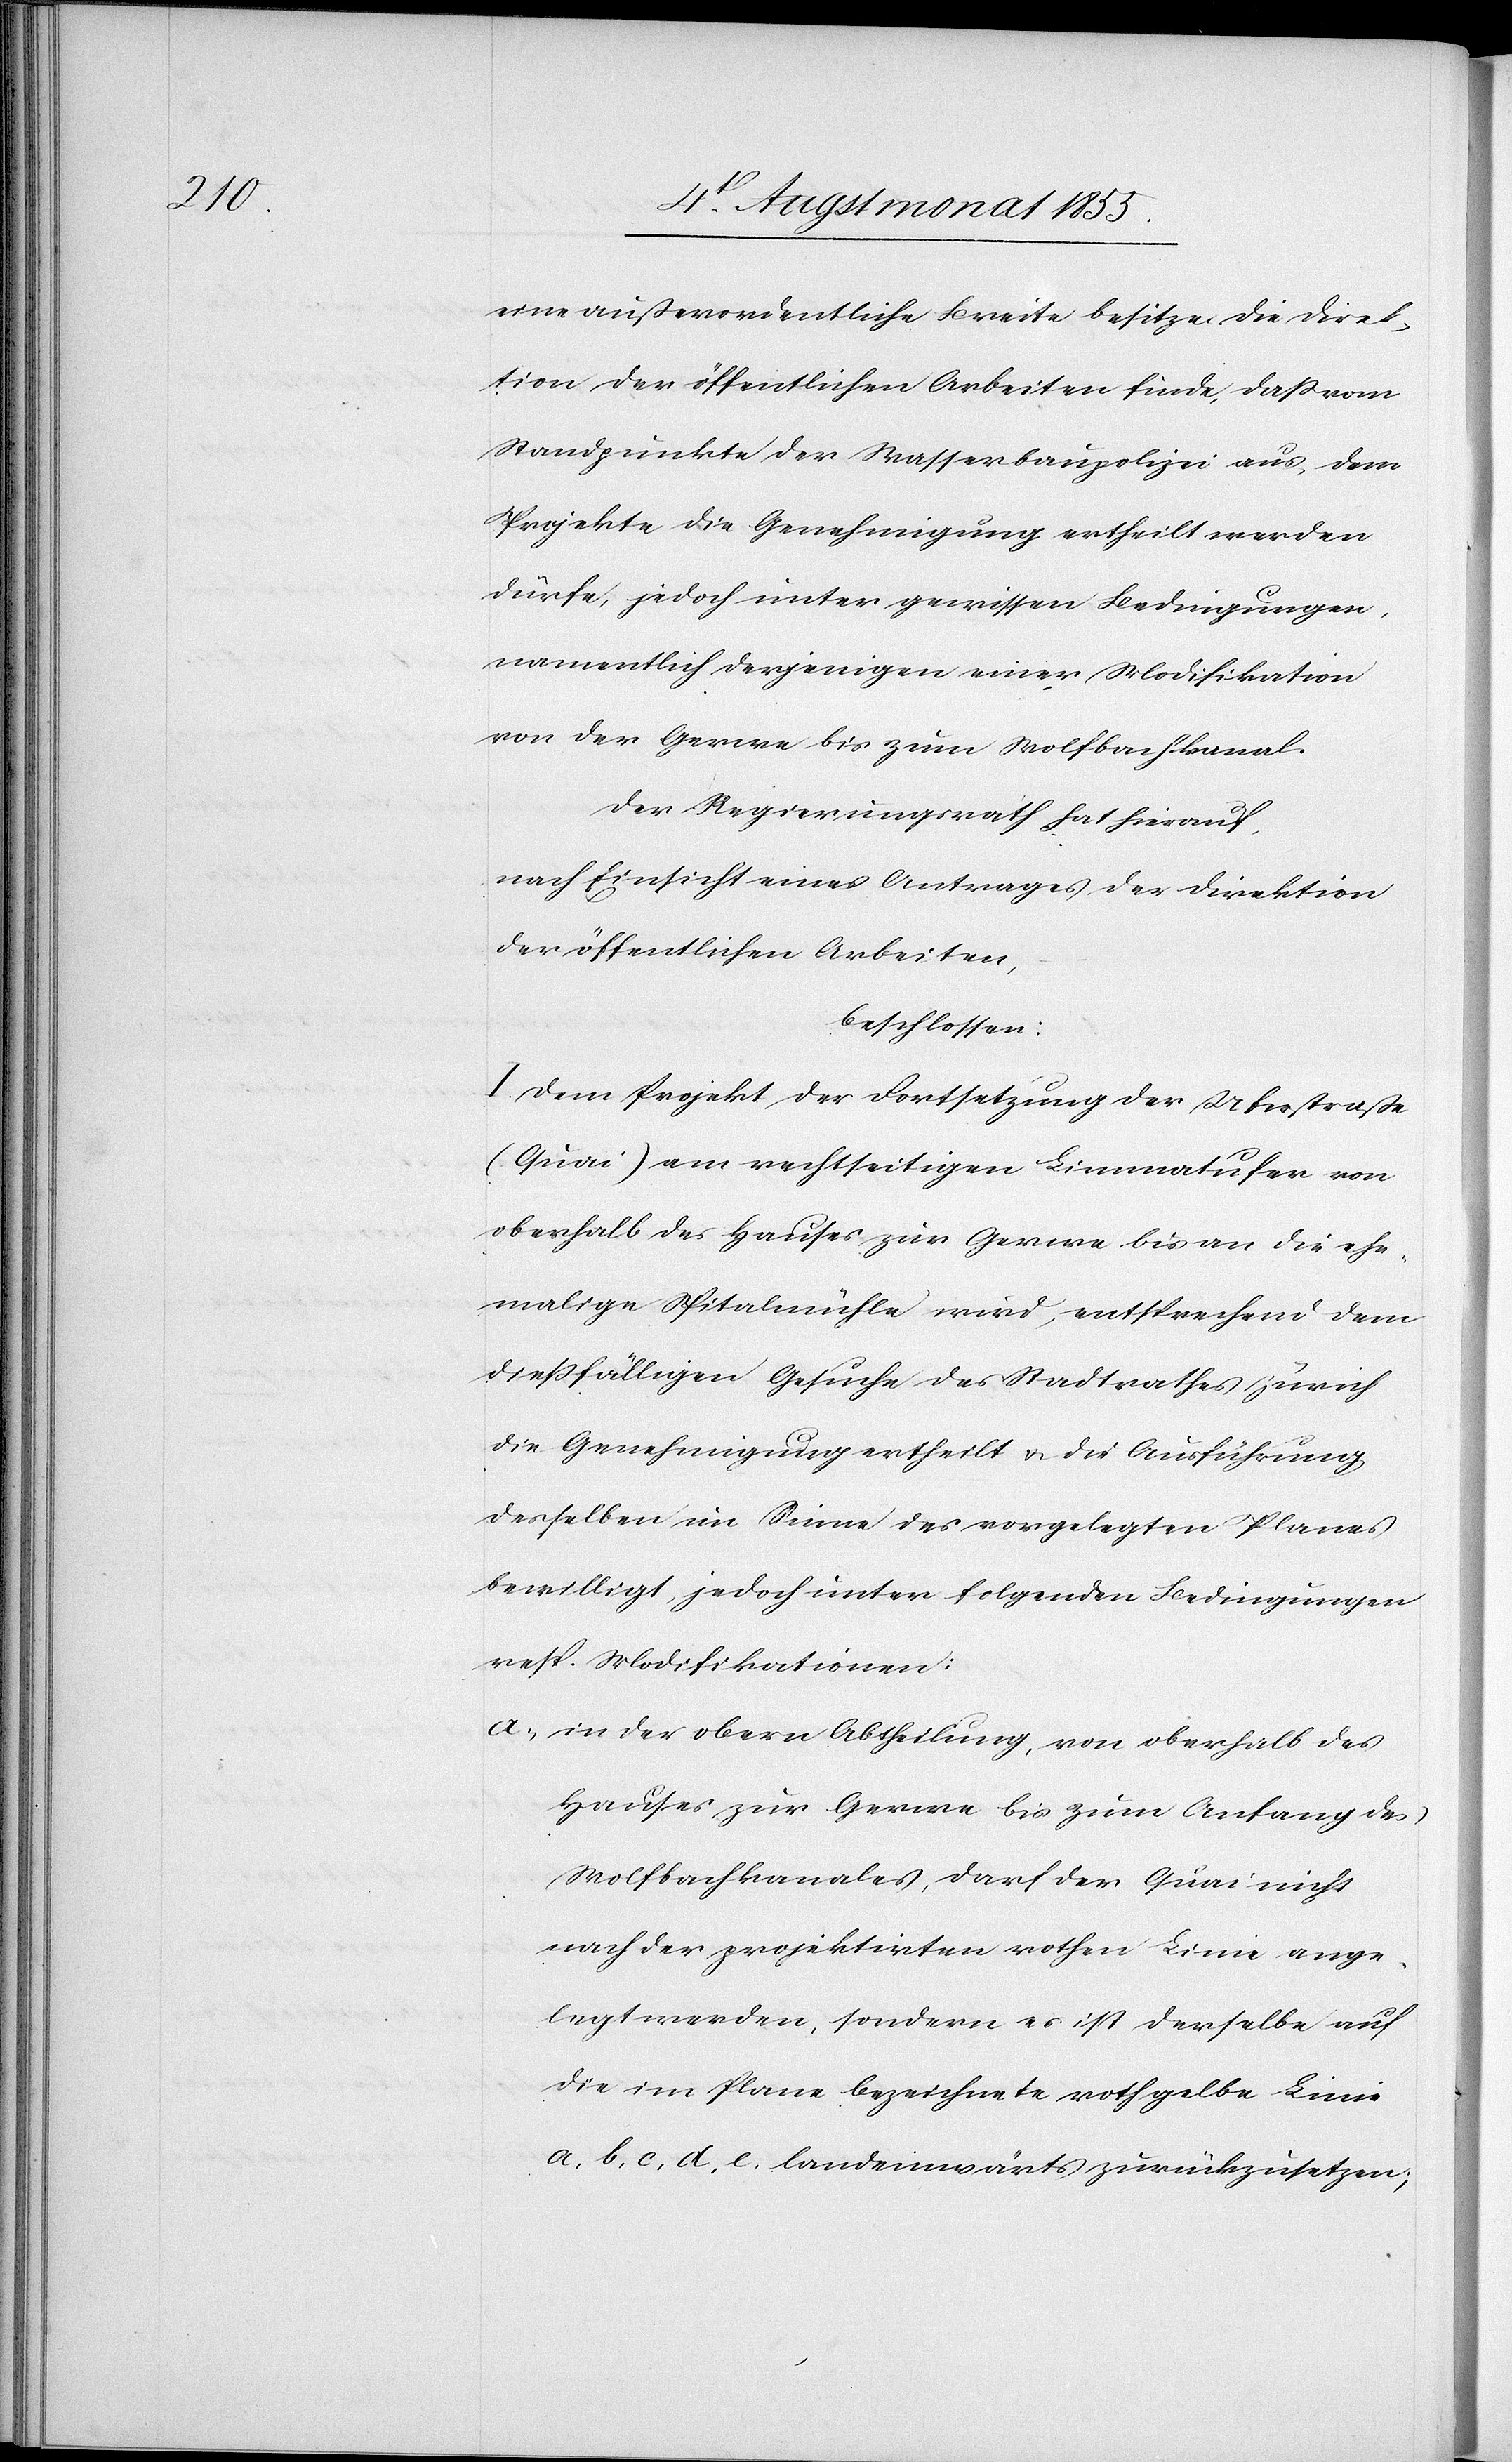
eine außerordentliche Breite besitze. Die Direk¬
tion der öffentlichen Arbeiten finde, daß vom
Standpunkte der Wasserbaupolizei aus, dem
Projekte die Genehmigung ertheilt werden
dürfe, jedoch unter gewissen Bedingungen,
namentlich derjenigen einer Modifikation
von der Gerwe bis zum Wolfbachkanal.
Der Regierungsrath hat hierauf,
nach Einsicht eines Antrages der Direktion
der öffentlichen Arbeiten,
beschlossen:
I. Dem Projekt der Fortsetzung der Uferstraße
(Quai) am rechtseitigen Limmatufer von
oberhalb des Hauses zur Gerwe bis an die ehe¬
malige Spitalmühle wird, entsprechend dem
dießfälligen Gesuche des Stadtrathes Zürich
die Genehmigung ertheilt & die Ausführung
desselben im Sinne des vorgelegten Planes
bewilligt, jedoch unter folgenden Bedingungen
resp. Modifikationen:
in der obern Abtheilung, von oberhalb des
Hauses zur Gerwe bis zum Anfang des
Wolfbachkanales, darf der Quai nicht
nach der projektirten rothen Linie ange¬
legt werden, sondern es ist derselbe auf
die im Plane bezeichnete rothgelbe Linie
a, b, c, d, e. landeinwärts zurückzusetzen;